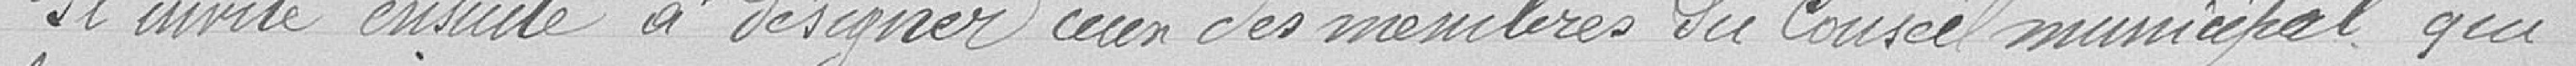
Il invite ensuite à désigner un des membres du conseil municipal qui